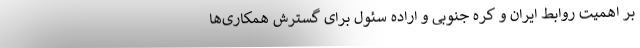
بر اهمیت روابط ایران و کره جنوبی و اراده سئول برای گسترش همکاری‌ها